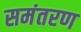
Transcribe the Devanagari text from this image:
समंतरण